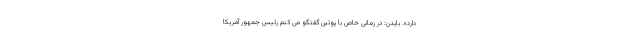
دارد». بایدن: در زمانی خاص با پوتین گفتگو می کنم رئیس جمهور آمریکا